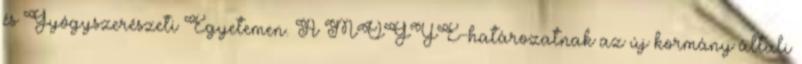
és Gyógyszerészeti Egyetemen. A MOGYE-határozatnak az új kormány általi